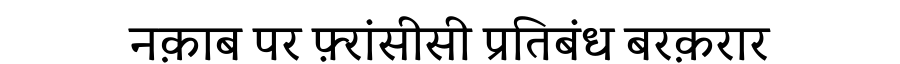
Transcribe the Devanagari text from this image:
नक़ाब पर फ़्रांसीसी प्रतिबंध बरक़रार